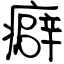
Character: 癖